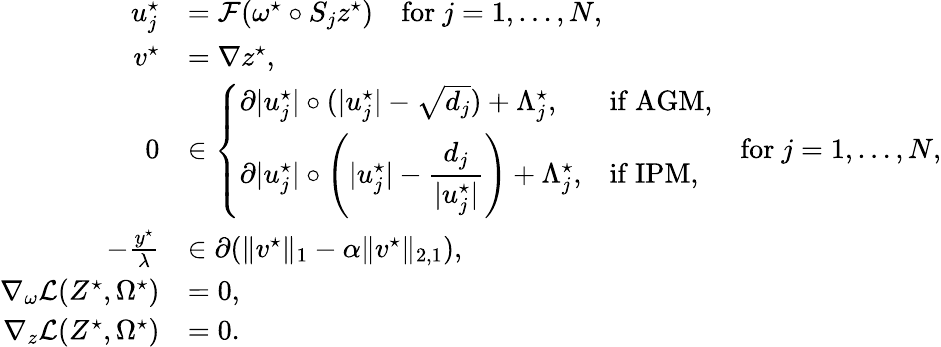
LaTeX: \begin{array}{rl}{u_{j}^{\star}}&{=\mathcal{F}(\omega^{\star}\circ S_{j}z^{\star})\quad\mathrm{for~}j=1,\ldots,N,}\\ {v^{\star}}&{=\nabla z^{\star},}\\ {0}&{\in\left\{ \begin{array}{ll}{\partial|u_{j}^{\star}|\circ(|u_{j}^{\star}|-\sqrt{d_{j}})+\Lambda_{j}^{\star},}&{\mathrm{if~AGM},}\\ {\partial|u_{j}^{\star}|\circ\left(|u_{j}^{\star}|-\displaystyle\frac{d_{j}}{|u_{j}^{\star}|}\right)+\Lambda_{j}^{\star},}&{\mathrm{if~IPM,}}\end{array}\right.\quad\mathrm{for~}j=1,\ldots,N,}\\ {-\frac{y^{\star}}{\lambda}}&{\in\partial(\| v^{\star}\| _{1}-\alpha\| v^{\star}\| _{2,1}),}\\ {\nabla_{\omega}\mathcal{L}(Z^{\star},\Omega^{\star})}&{=0,}\\ {\nabla_{z}\mathcal{L}(Z^{\star},\Omega^{\star})}&{=0.}\end{array}